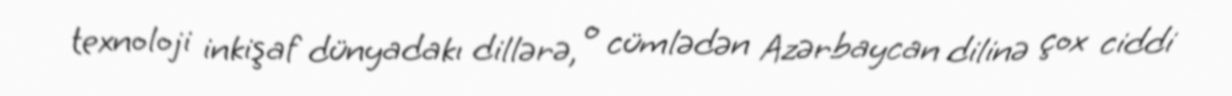
texnoloji inkişaf dünyadakı dillərə, o cümlədən Azərbaycan dilinə çox ciddi